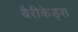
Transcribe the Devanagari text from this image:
बैरीकेड्स